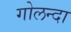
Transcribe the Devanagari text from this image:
गोलन्दा